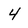
Character: 4